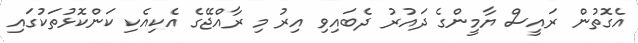
އެގޮތުން ރައީސް ޔާމީންގެ ދައުރު ދެބައިވި އިރު މި ރާއްޖޭގެ އެކިއެކި ކަންކޮޅުތަކުގައި